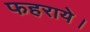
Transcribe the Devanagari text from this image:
फहराये।